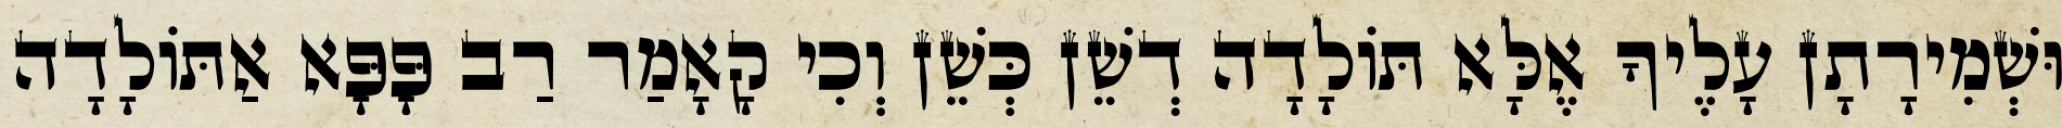
וּשְׁמִירָתָן עָלֶיךָ אֶלָּא תּוֹלָדָה דְשֵׁן כְּשֵׁן וְכִי קָאָמַר רַב פָּפָּא אַתּוֹלָדָה